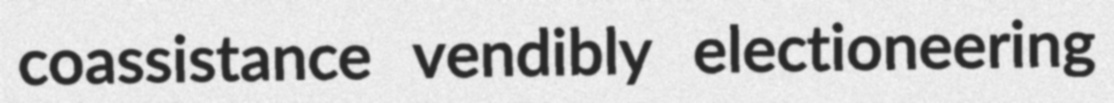
coassistance vendibly electioneering